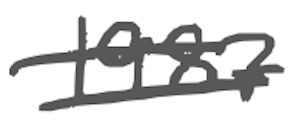
Text: 1987
Cross-out: double-line
Writing tool: digital_gray